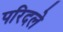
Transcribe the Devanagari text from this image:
परिदले